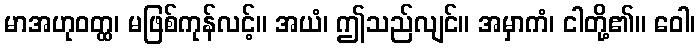
မာအဟုဝတ္ထ၊ မဖြစ်ကုန်လင့်။ အယံ၊ ဤသည်လျင်။ အမှာကံ၊ ငါတို့၏။ ဝေါ၊